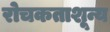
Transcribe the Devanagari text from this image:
रोचकताशून्य